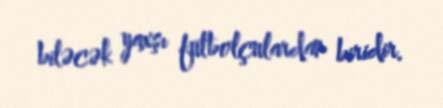
biləcək yaxşı futbolçulardan biridir.